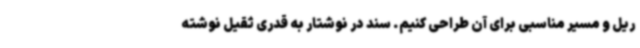
ریل و مسیر مناسبی برای آن طراحی کنیم. سند در نوشتار به قدری ثقیل نوشته